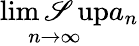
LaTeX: \operatorname*{lim\mathscr{S}up}_{n\to\infty}a_{n}